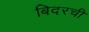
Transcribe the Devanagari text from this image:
बिदरची